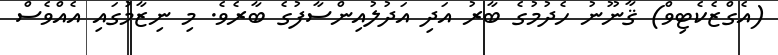
(އެގްޒެކެޓިވް) ޤާނޫނު ހެދުމުގެ ބާރު އަދި އަދުލުއިންސާފުގެ ބާރެވެ. މި ނިޒާމުގައި އެއްވެސް